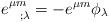
LaTeX: \begin{align*}e^{\mu m }_{~~; \lambda} =- e^{\mu m } \phi_\lambda\end{align*}